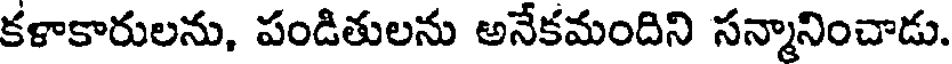
కళాకారులను, పండితులను అనేకమందిని సన్మానించాడు.